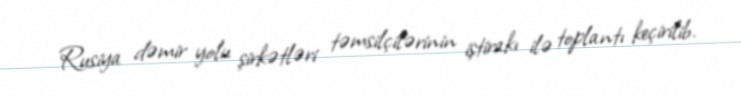
Rusiya dəmir yolu şirkətləri təmsilçilərinin iştirakı ilə toplantı keçirilib.